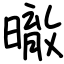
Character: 㬚